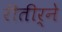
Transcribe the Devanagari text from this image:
रीतीर्ने